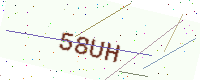
Text: 58UH